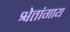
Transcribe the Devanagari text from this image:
श्वेतांगाय